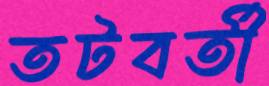
তটবর্তী